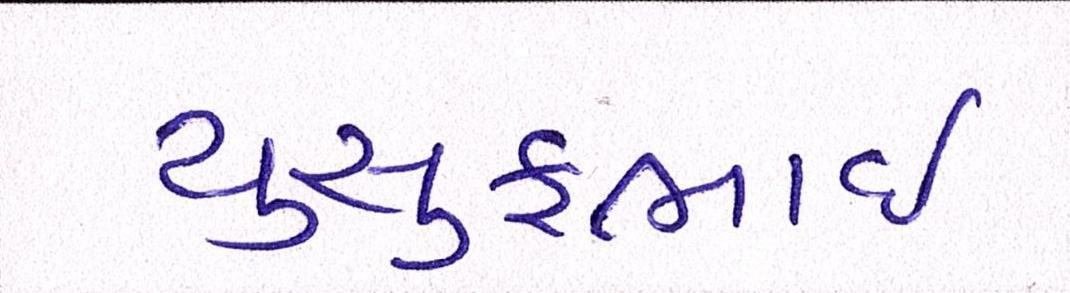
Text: યુસુફભાઈ